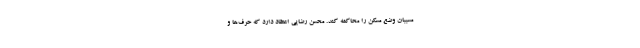
مسببان وضع مسکن را محاکمه کند. محسن رضایی اعتقاد دارد که حرف‌ها و